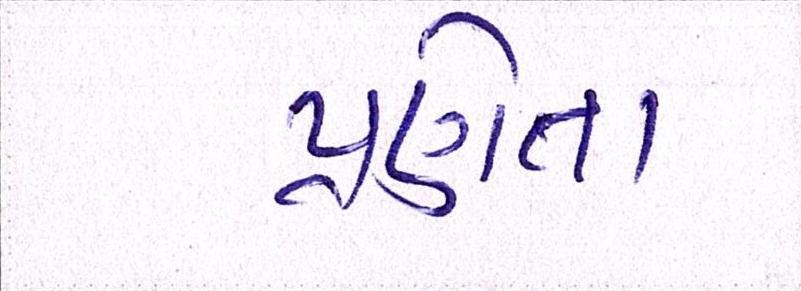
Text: પ્રણેતા